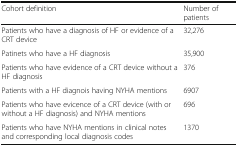
<table><thead><tr><td><b>Cohort definition</b></td><td><b>Number of patients</b></td></tr></thead><tbody><tr><td>Patients who have a diagnosis of HF or evidence of a CRT device</td><td>32,276</td></tr><tr><td>Patinets who have a HF diagnosis</td><td>35,900</td></tr><tr><td>Patients who have evidence of a CRT device without a HF diagnosis</td><td>376</td></tr><tr><td>Patients with a HF diagnois having NYHA mentions</td><td>6907</td></tr><tr><td>Patients who have evicence of a CRT device (with or without a HF diagnosis) and NYHA mentions</td><td>696</td></tr><tr><td>Patients who have NYHA mentions in clinical notes and corresponding local diagnosis codes</td><td>1370</td></tr></tbody></table>